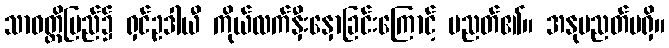
သာဝတ္ထိပြည်၌ ရှင်ဥဒါယီ ကိုယ်လက်နှီးနှောခြင်းကြောင့် ပညတ်၏။ အနုပညတ်မရှိ။